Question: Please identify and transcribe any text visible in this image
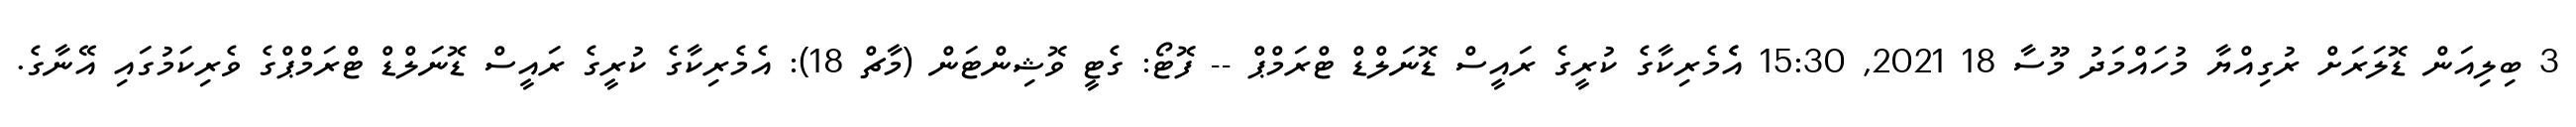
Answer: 3 ބިލިއަން ޑޮލަރަށް ރުގިއްޔާ މުހައްމަދު މޫސާ 18 2021, 15:30 އެެމެރިކާގެ ކުރީގެ ރައީސް ޑޮނަލްޑް ޓްރަމްޕް -- ފޮޓޯ: ގެޓީ ވޮޝިންޓަން (މާޗް 18): އެމެރިކާގެ ކުރީގެ ރައީސް ޑޮނަލްޑް ޓްރަމްޕްގެ ވެރިކަމުގައި އޭނާގެ.